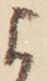
よ